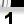
Digit: 1